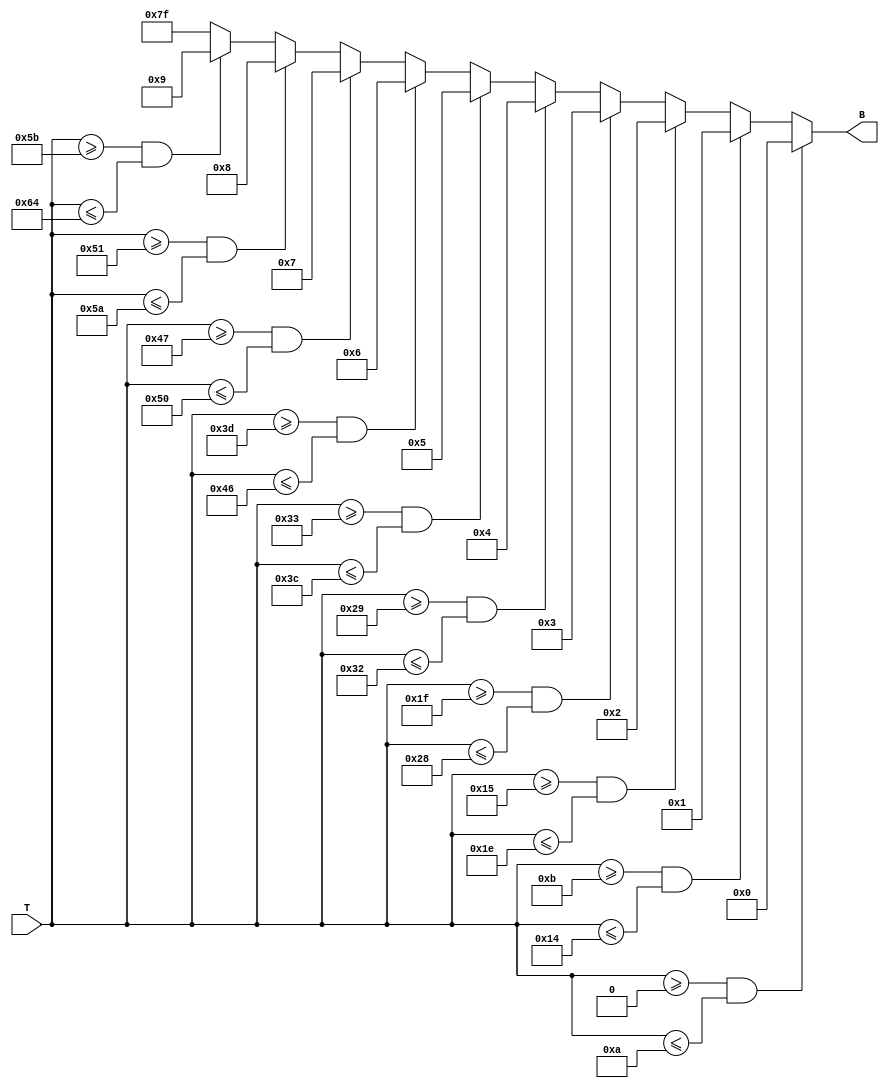
module thermal_encoder (
    input [7:0] T,        // 8-bit temperature input
    output reg [6:0] B    // 7-bit encoded output
);

    always @(*) begin
        // Default case
        B = 7'b1111111; // Default code for out of range (error code)

        // Encoding logic based on temperature ranges
        if (T >= 0 && T <= 10)   B = 7'b0000000; // 0C to 10C
        else if (T >= 11 && T <= 20) B = 7'b0000001; // 11C to 20C
        else if (T >= 21 && T <= 30) B = 7'b0000010; // 21C to 30C
        else if (T >= 31 && T <= 40) B = 7'b0000011; // 31C to 40C
        else if (T >= 41 && T <= 50) B = 7'b0000100; // 41C to 50C
        else if (T >= 51 && T <= 60) B = 7'b0000101; // 51C to 60C
        else if (T >= 61 && T <= 70) B = 7'b0000110; // 61C to 70C
        else if (T >= 71 && T <= 80) B = 7'b0000111; // 71C to 80C
        else if (T >= 81 && T <= 90) B = 7'b0001000; // 81C to 90C
        else if (T >= 91 && T <= 100) B = 7'b0001001; // 91C to 100C
    end

endmodule